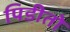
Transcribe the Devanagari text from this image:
पिडीतो